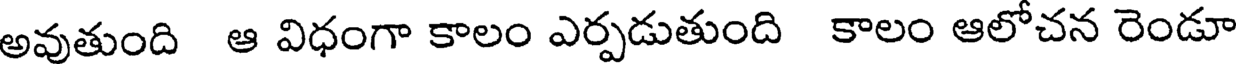
అవుతుంది ఆ విధంగా కాలం ఎర్పడుతుంది కాలం ఆలోచన రెండూ